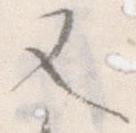
又